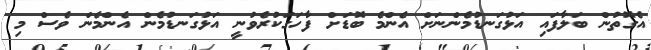
އެގޮތުން ބަލާފައި އަޅުގަނޑުމެންނަށް އެންމެ ބޮޑަށް ފާހަގަކުރެވުނީ އަޅުގަނޑުމެން އެންމެން ވެސް މި